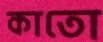
কাতো